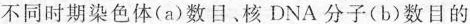
不同时期染色体(a)数目、核DNA分子(b)数目的